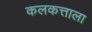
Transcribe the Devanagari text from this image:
कलकत्ताला